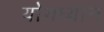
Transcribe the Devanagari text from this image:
योगध्‍यान